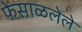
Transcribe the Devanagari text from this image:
फेसाळलेले